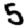
Digit: 5